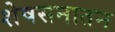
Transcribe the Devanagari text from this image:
शेषसनातन